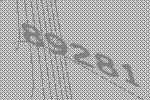
89281